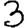
Digit: 3